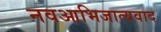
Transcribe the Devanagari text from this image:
नवआभिजात्यवाद